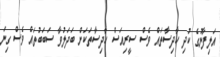
އަލިފާނުގެ ކުދި ހާދިސާތައް ވެސް ސީރިއަސް ހާދިސާތަކަށް ބަދަލުވާ ސަބަބުތައް ވެސް ގިނަ